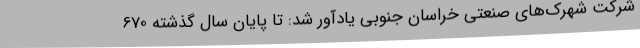
شرکت شهرک‌های صنعتی خراسان جنوبی یادآور شد: تا پایان سال گذشته 670